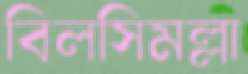
বিলসিমল্লা